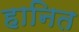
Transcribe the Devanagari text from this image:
हानित